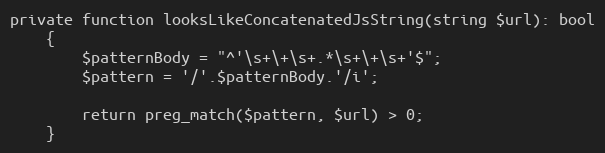
Language: PHP
private function looksLikeConcatenatedJsString(string $url): bool
    {
        $patternBody = "^'\s+\+\s+.*\s+\+\s+'$";
        $pattern = '/'.$patternBody.'/i';

        return preg_match($pattern, $url) > 0;
    }